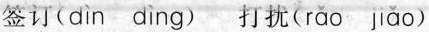
签订( dìn dìng ) 打扰( rǎo jǎo )